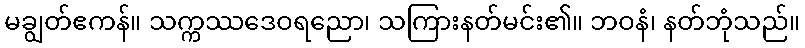
မချွတ်ဧကန်။ သက္ကဿဒေဝရညော၊ သကြားနတ်မင်း၏။ ဘဝနံ၊ နတ်ဘုံသည်။